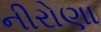
નીરોણા